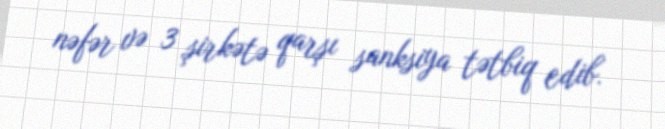
nəfər və 3 şirkətə qarşı sanksiya tətbiq edib.